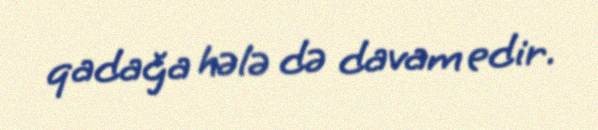
qadağa hələ də davam edir.